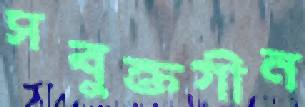
সবুক্তগীন